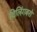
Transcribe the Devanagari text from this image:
विलिंगबरो